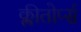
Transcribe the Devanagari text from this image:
क्लीतोर्प्स